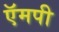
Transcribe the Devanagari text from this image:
ऍमपी